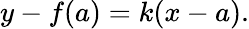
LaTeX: y-f(a)=k(x-a).